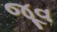
જૂવ